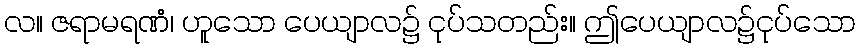
လ။ ဇရာမရဏံ၊ ဟူသော ပေယျာလ၌ ငုပ်သတည်း။ ဤပေယျာလ၌ငုပ်သော